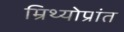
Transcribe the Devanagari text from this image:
म्रिथ्योप्रांत